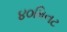
૪૦મિનટ